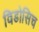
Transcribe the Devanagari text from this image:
विडोसिच